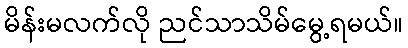
မိန်းမလက်လို ညင်သာသိမ်မွေ့ရမယ်။